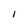
Character: l